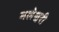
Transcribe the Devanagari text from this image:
मलेश्वरी